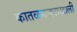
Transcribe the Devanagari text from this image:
कातळकड्याखाली